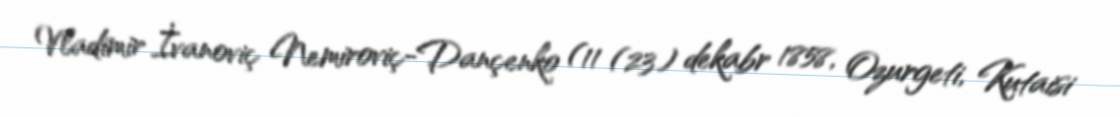
Vladimir İvanoviç Nemiroviç-Dançenko (11 (23) dekabr 1858, Ozurgeti, Kutaisi